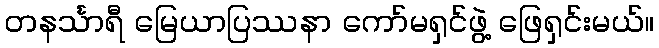
တနင်္သာရီ မြေယာပြဿနာ ကော်မရှင်ဖွဲ့ ဖြေရှင်းမယ်။